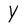
Character: Y